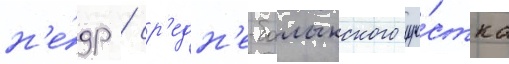
н'е́др / ср'едн'е-балыкского уча́стка